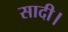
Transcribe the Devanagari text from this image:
सादी।